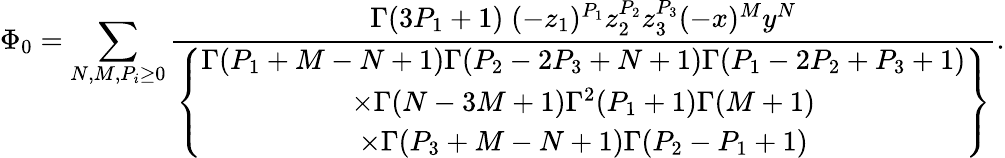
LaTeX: \Phi_{0}=\sum_{N,M,P_{i}\geq 0}\frac{\Gamma(3P_{1}+1)\; (-z_{1})^{P_{1}}z_{2}^{P_{2}}z_{3}^{P_{3}}(-x)^{M}y^{N}}{\left\{ \begin{array}{c}{{\Gamma(P_{1}+M-N+1)\Gamma(P_{2}-2P_{3}+N+1)\Gamma(P_{1}-2P_{2}+P_{3}+1)}}\\ {{\times\Gamma(N-3M+1)\Gamma^{2}(P_{1}+1)\Gamma(M+1)}}\\ {{\times\Gamma(P_{3}+M-N+1)\Gamma(P_{2}-P_{1}+1)}}\end{array}\right\} }.